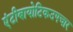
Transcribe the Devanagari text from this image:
एंटीबायोटिकउपचार